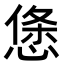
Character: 𢟂